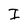
Character: I